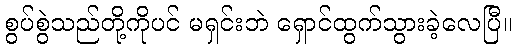
စွပ်စွဲသည်တို့ကိုပင် မရှင်းဘဲ ရှောင်ထွက်သွားခဲ့လေပြီ။